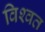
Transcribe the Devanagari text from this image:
विश्‍वत